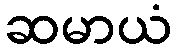
ဆမာယံ